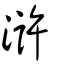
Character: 滸